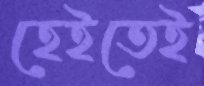
হেইতেই